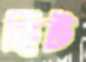
ছিট